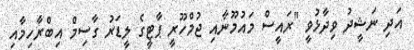
އަދި ނަޝީދު ވިދާޅުވީ "ރައީސް މައުމޫނާއި ޖުމްހޫރީ ޕާޓީގެ ލީޑަރު ގާސިމް އިބްރާހިމާއި